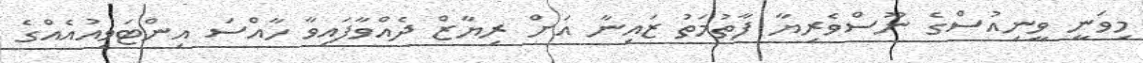
މިވަނީ ވީނިއުސްގެ ނޫސްވެރިޔާ ފާތުމަތު ޒައިނާ އަށް ރިޔާޒް ދެއްވާފައިވާ ހާއްސަ އިންޓަވިއުއެއްގެ